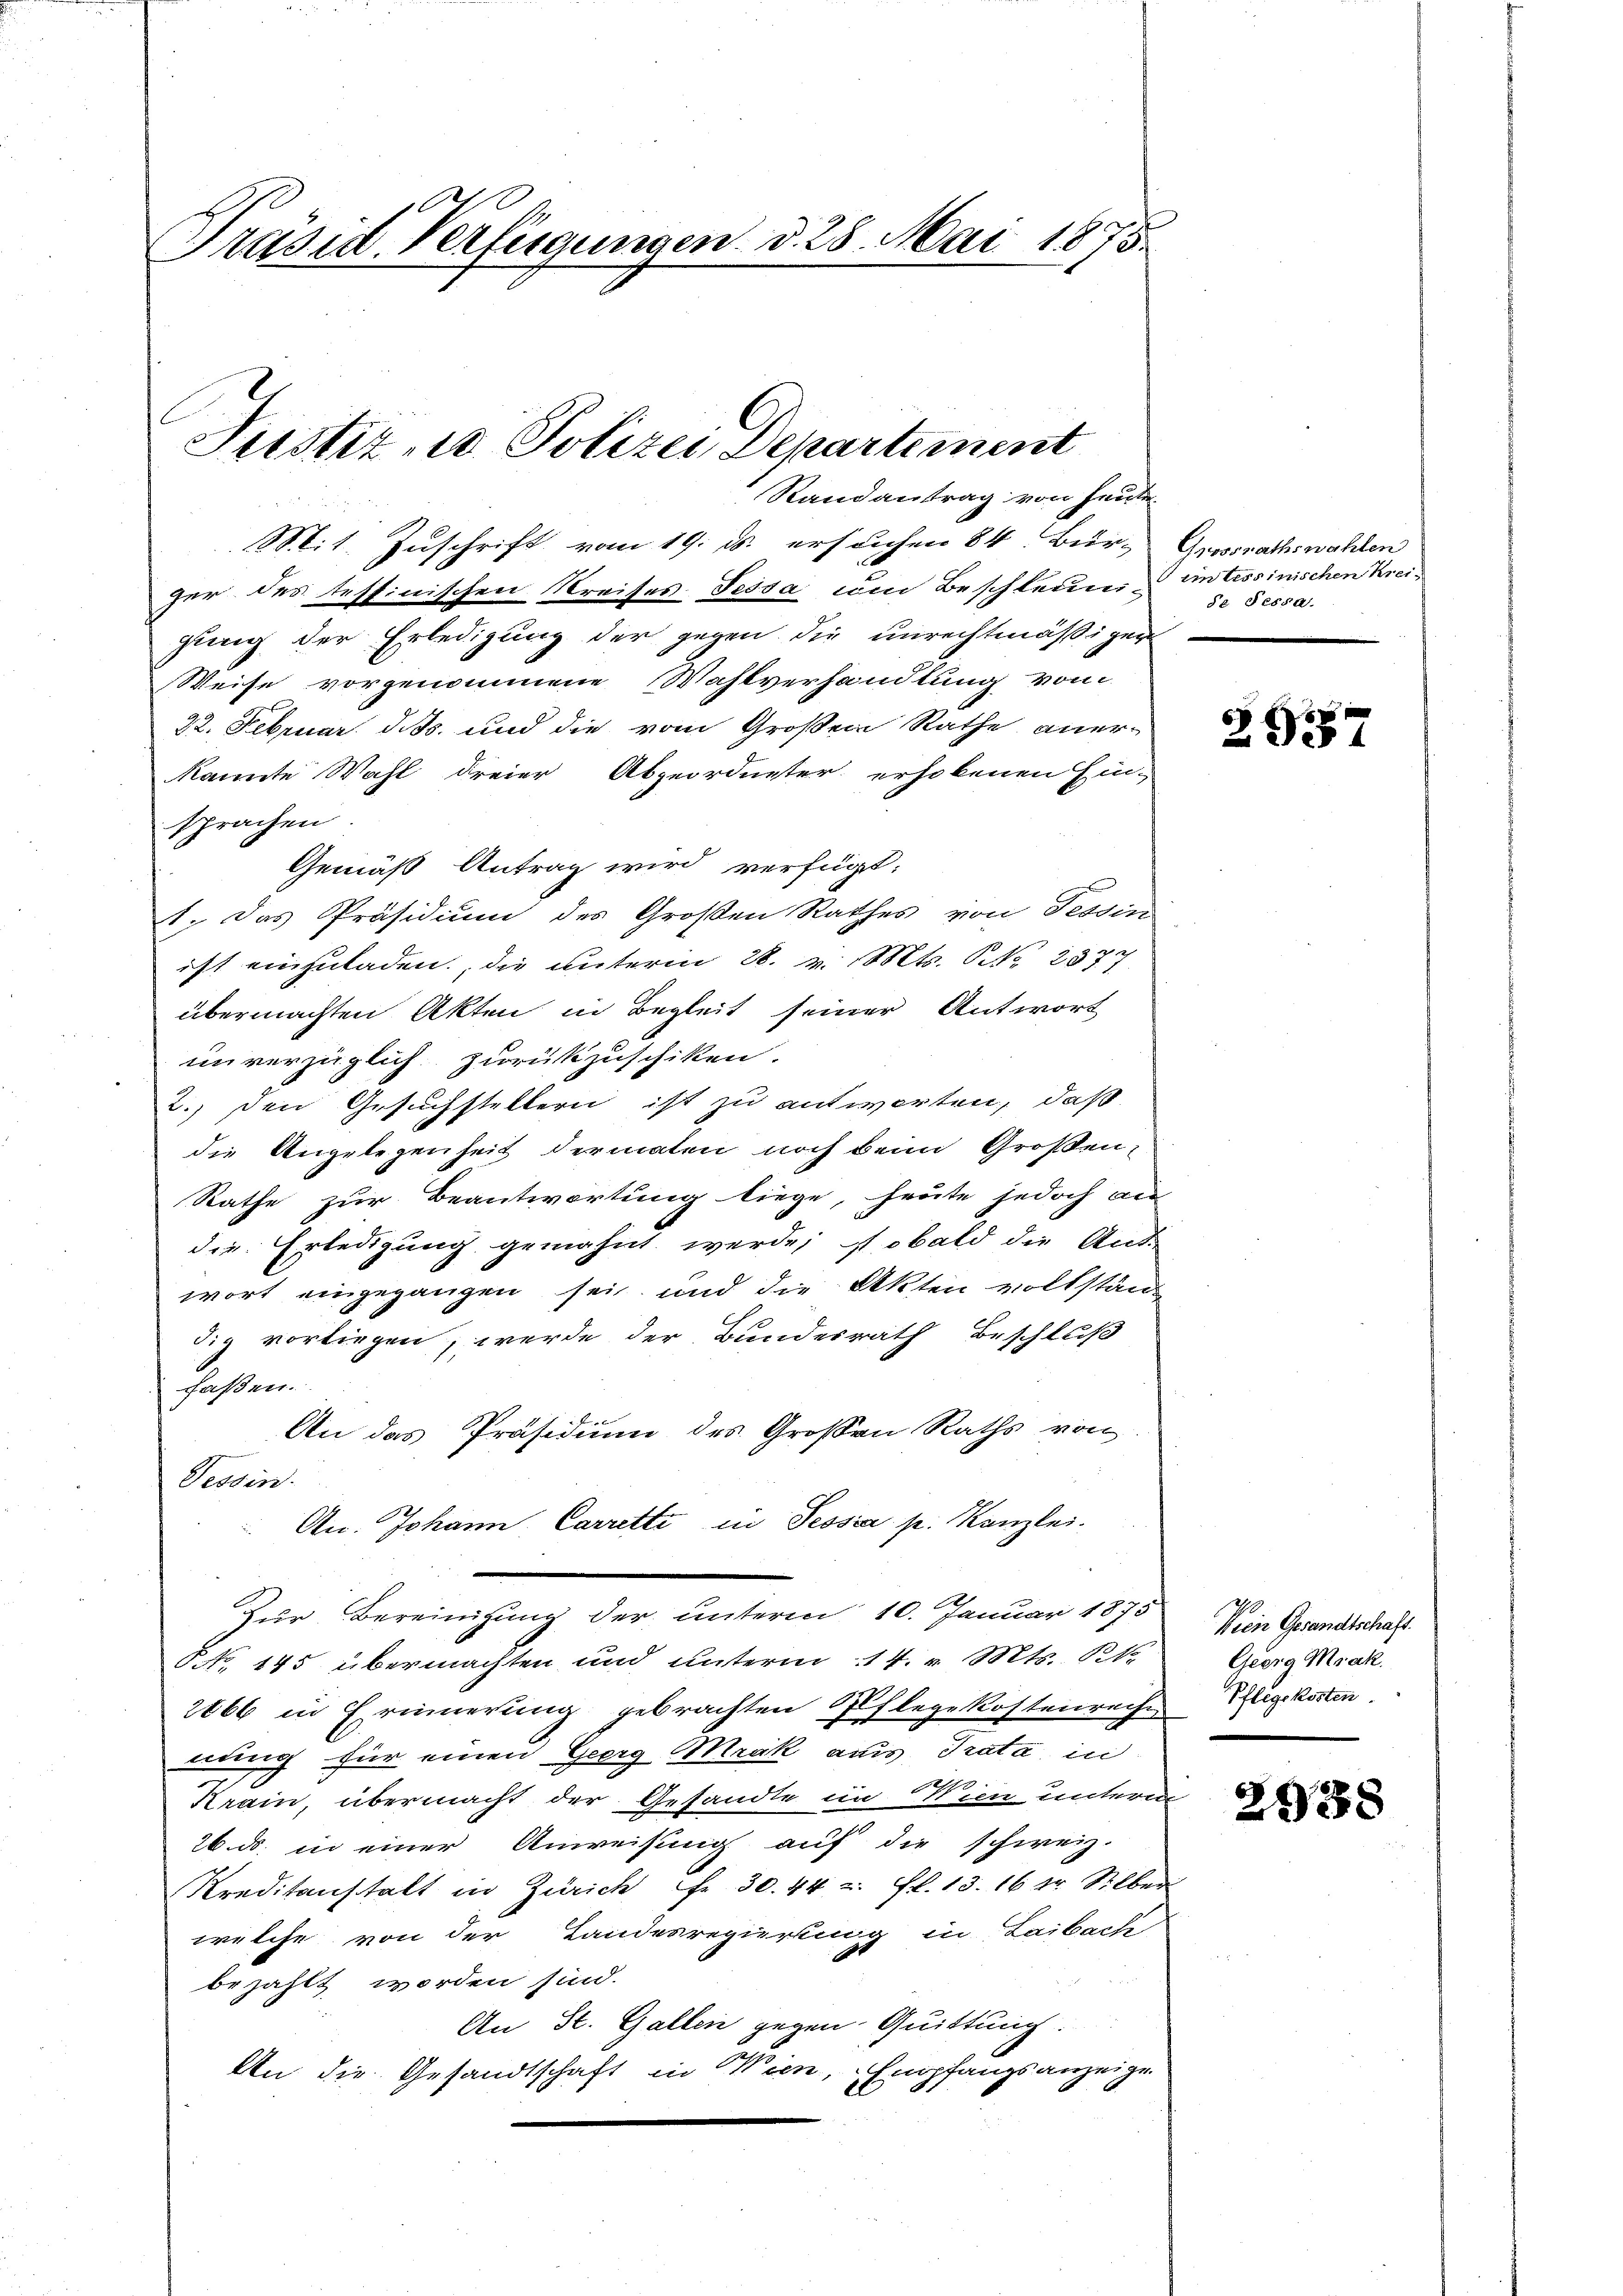
Präsid. Verfügungen d. 28. Mai 1875.

Justiz- u Polizei Departement
Randantrag von Heuter

Mit Zuschrift vom 19. ds. ersuchen 84. Bür-Grossrathswahlen
fer des testinischen Kreises Tessa um Beschleune im tessinischen Kreigung der Erledigung der gegen die unrechtmäßiger
Weise vorgenommene Wahlverhandlung vom
22. Februar d. Js. und die vom Großen Rathe aner-
kannte Wahl dreier Abgeordneter erhobenen Ein-
sprachen
Gemäß Antrag wird verfügt:
1. Das Präsidium des Großen Rathes von Tessin
ist einzuladen, die unterm 28. v. Mts. S. 2377
übermachten Akten in Begleit seiner Antwort
unverzüglich zurükzuschiken.
2. den Gesuchstellern ist zu antworten, daß
die Angelegenheit dermalen noch beim Großen,
Rathe zur Beantwortung liege, heute jedoch an
die Erledigung gemahnt werde; sobald die Ant-
wort eingegangen sei und die Akten vollständ
dig vorliegen, werde der Bundesrath Beschluß
faßen.
An das Präsidium des Großen Raths von
Tessin.
An. Johann Carrette in Tessia p. Kanzlei.
Zur Bereinigung der unterm 10. Januar 1875
P No 145 übermachten und unterm 14. v. Mts. S.
2066 in Erinnerung gebrachten Pflegekostenreihe
nung für einen Georg Mrak aus Trata in
Krain, übermacht der Gesandte im Wien untere
26. ds. in einer Anweisung auf die schweiz.
Kreditanstalt in Zürich Fr. 30. 442. fl. 13. 16 tr. Silber
welche von der Landesregierung in Laibach
bezahlt worden sind.
An St. Gallen gegen Quittung.
An die Gesandtschaft in Wien, Empfangsanzeige

de Fessa.

2357

Vrene Gesandtschaft.
Georg Mak.
Pflegekosten.

2938